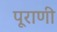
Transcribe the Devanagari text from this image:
पूराणी